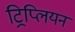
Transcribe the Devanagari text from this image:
ट्रिप्लियन